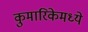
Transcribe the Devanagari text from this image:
कुमारिकेमध्ये